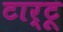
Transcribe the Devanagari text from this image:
टार्टू